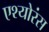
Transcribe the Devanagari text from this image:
एश्योरंस